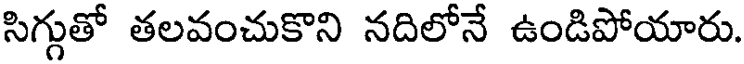
సిగ్గుతో తలవంచుకొని నదిలోనే ఉండిపోయారు.